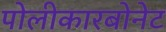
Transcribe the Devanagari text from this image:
पोलीकारबोनेट